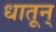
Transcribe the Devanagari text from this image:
धातून्